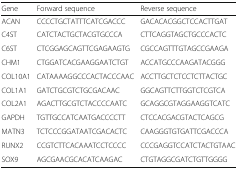
<table><thead><tr><td><b>Gene</b></td><td><b>Forward sequence</b></td><td><b>Reverse sequence</b></td></tr></thead><tbody><tr><td>ACAN</td><td>CCCCTGCTATTTCATCGACCC</td><td>GACACACGGCTCCACTTGAT</td></tr><tr><td>C4ST</td><td>CATCTACTGCTACGTGCCCA</td><td>CTTCAGGTAGCTGCCCACTC</td></tr><tr><td>C6ST</td><td>CTCGGAGCAGTTCGAGAAGTG</td><td>CGCCAGTTTGTAGCCGAAGA</td></tr><tr><td>CHM1</td><td>CTGGATCACGAAGGAATCTGT</td><td>ACCATGCCCAAGATACGGG</td></tr><tr><td>COL10A1</td><td>CATAAAAGGCCCACTACCCAAC</td><td>ACCTTGCTCTCCTCTTACTGC</td></tr><tr><td>COL1A1</td><td>GATCTGCGTCTGCGACAAC</td><td>GGCAGTTCTTGGTCTCGTCA</td></tr><tr><td>COL2A1</td><td>AGACTTGCGTCTACCCCAATC</td><td>GCAGGCGTAGGAAGGTCATC</td></tr><tr><td>GAPDH</td><td>TGTTGCCATCAATGACCCCTT</td><td>CTCCACGACGTACTCAGCG</td></tr><tr><td>MATN3</td><td>TCTCCCGGATAATCGACACTC</td><td>CAAGGGTGTGATTCGACCCA</td></tr><tr><td>RUNX2</td><td>CCGTCTTCACAAATCCTCCCC</td><td>CCCGAGGTCCATCTACTGTAAC</td></tr><tr><td>SOX9</td><td>AGCGAACGCACATCAAGAC</td><td>CTGTAGGCGATCTGTTGGGG</td></tr></tbody></table>